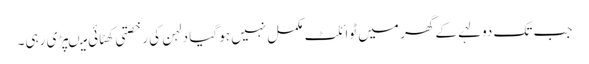
جب تک دولہے کے گھر میں ٹوائلٹ مکمل نہیں ہو گیا دلہن کی رخصتی کھٹائی میںپڑی رہی۔